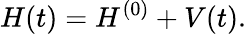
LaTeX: H(t)=H^{(0)}+V(t).